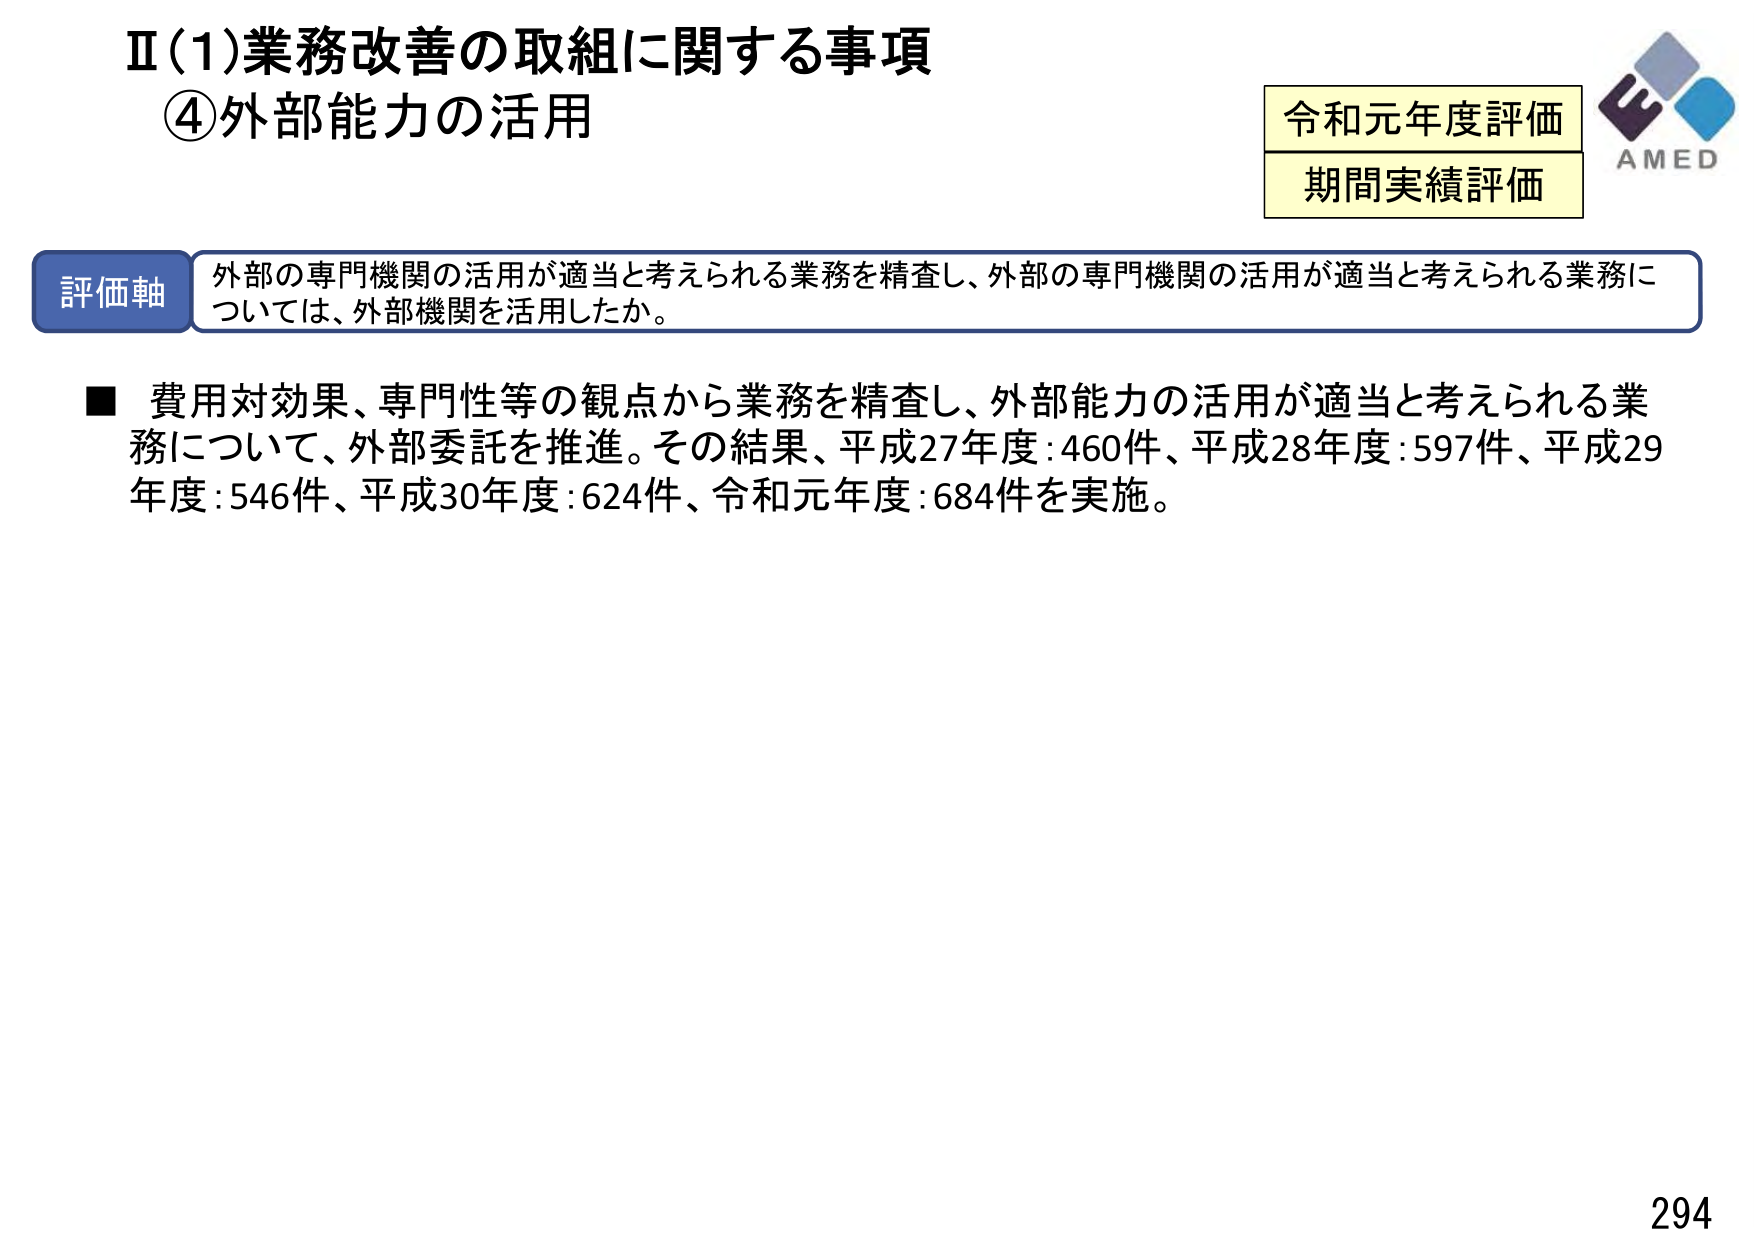
Ⅱ(1)業務改善の取組に関する事項
④外部能力の活用

令和元年度評価
期間実績評価

評価軸
外部の専門機関の活用が適当と考えられる業務を精査し、外部の専門機関の活用が適当と考えられる業務については、外部機関を活用したか。

■ 費用対効果、専門性等の観点から業務を精査し、外部能力の活用が適当と考えられる業務について、外部委託を推進。その結果、平成27年度:460件、平成28年度:597件、平成29年度:546件、平成30年度:624件、令和元年度:684件を実施。

AMED
294